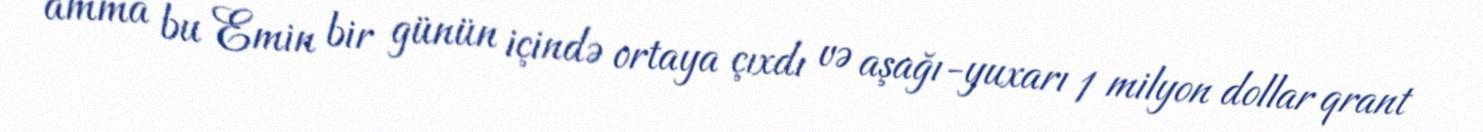
amma bu Emin bir günün içində ortaya çıxdı və aşağı-yuxarı 1 milyon dollar qrant